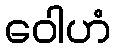
ဝေါဟံ